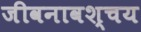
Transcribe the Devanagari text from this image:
जीवनावश्चय